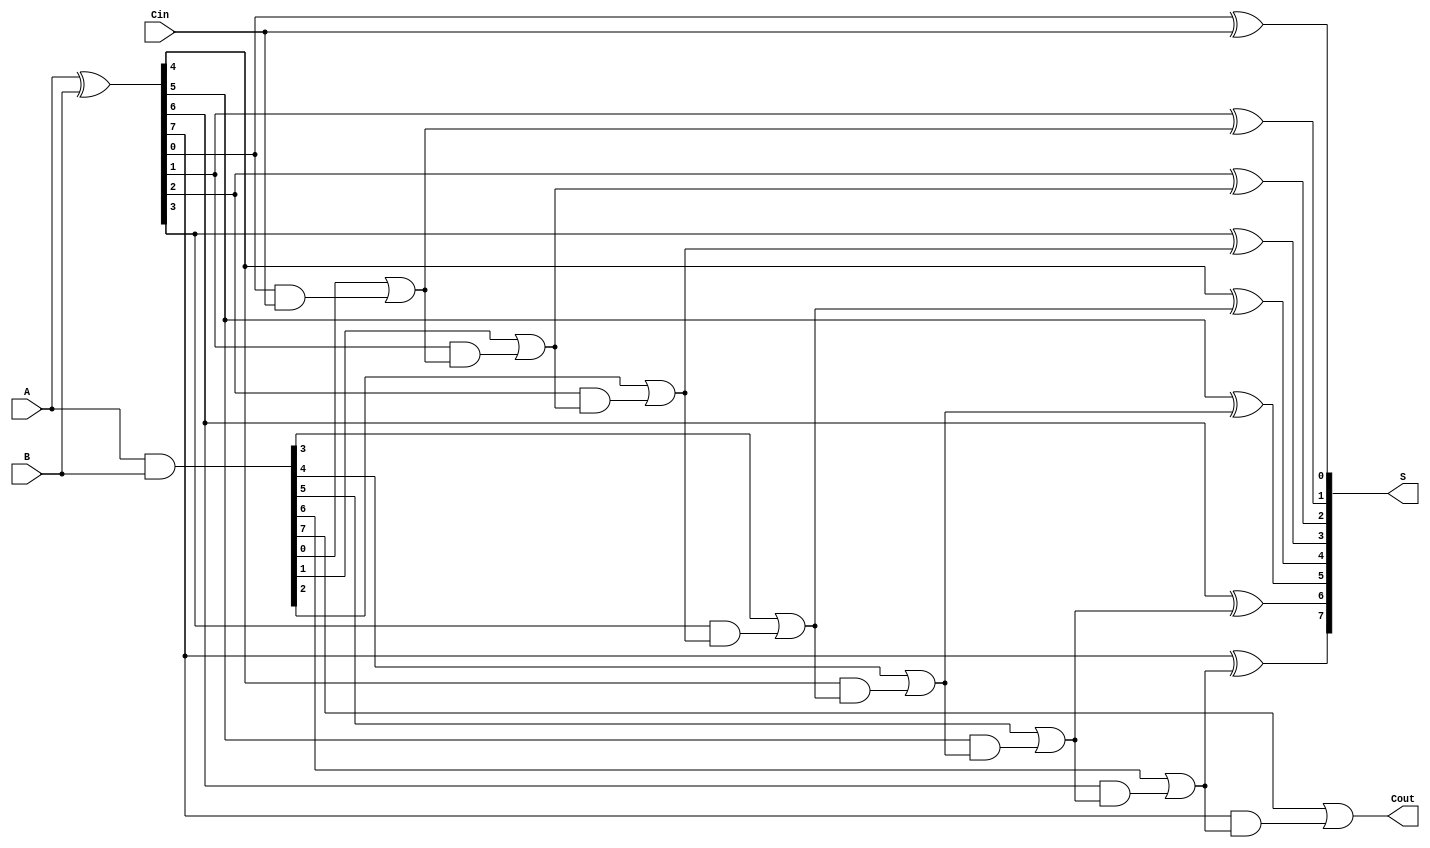
module SklanskyAdder #(parameter n = 8) (
    input [n-1:0] A,
    input [n-1:0] B,
    input Cin,
    output [n-1:0] S,
    output Cout
);

    // Generate and Propagate signals
    wire [n-1:0] G;
    wire [n-1:0] P;
    wire [n:0] C; // Carry bits, C[0] is Cin

    // Generate and Propagate calculations
    assign G = A & B;
    assign P = A ^ B;

    // Carry computation using the Sklansky prefix structure
    assign C[0] = Cin;

    genvar i, j;
    // Level 1: Compute carry bits
    generate
        for (i = 0; i < n; i = i + 1) begin : level1
            assign C[i+1] = G[i] | (P[i] & C[i]);
        end
    endgenerate

    // Sum calculation
    generate
        for (i = 0; i < n; i = i + 1) begin : sum_calc
            assign S[i] = P[i] ^ C[i];
        end
    endgenerate

    // Final carry-out
    assign Cout = C[n];

endmodule